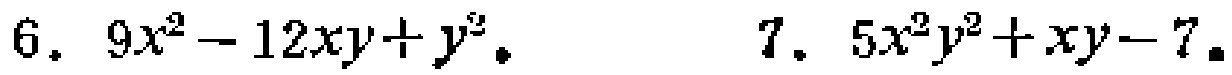
6. \(9x^{2}-12xy + y^{2}\)
7. \(5x^{2}y^{2}+xy - 7\)